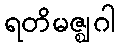
ရတိမဇ္ဈဂါ